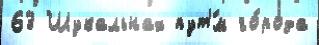
63 Шукальнах пут'́м го́рода